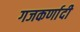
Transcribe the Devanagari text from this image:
गजकर्णादी